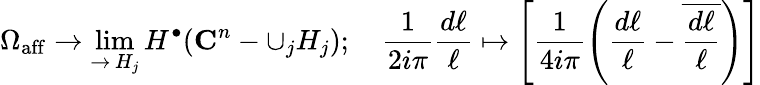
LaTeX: \Omega_{\mathrm{aff}}\to\operatorname*{lim}_{\substack{\rightarrow\, H_{j}}}H^{\bullet}(\mathbf{C}^{n}-\cup_{j}H_{j});\quad\frac{1}{2i\pi}\frac{d\ell}{\ell}\mapsto\left[\frac{1}{4i\pi}\left(\frac{d\ell}{\ell}-\overline{{\frac{d\ell}{\ell}}}\right)\right]